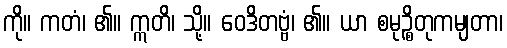
ကို။ ကတံ၊ ၏။ ဣတိ၊ သို့။ ဝေဒိတဗ္ဗံ၊ ၏။ ယာ စမုဉ္စိတုကမျတာ၊